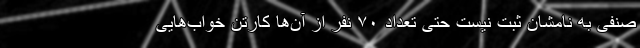
صنفی به نامشان ثبت نیست حتی تعداد ۷۰ نفر از آن‌ها کارتن خواب‌هایی